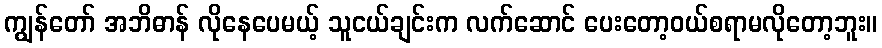
ကျွန်တော် အဘိဓာန် လိုနေပေမယ့် သူငယ်ချင်းက လက်ဆောင် ပေးတော့ဝယ်စရာမလိုတော့ဘူး။